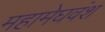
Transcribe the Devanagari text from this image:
महामेघवंश